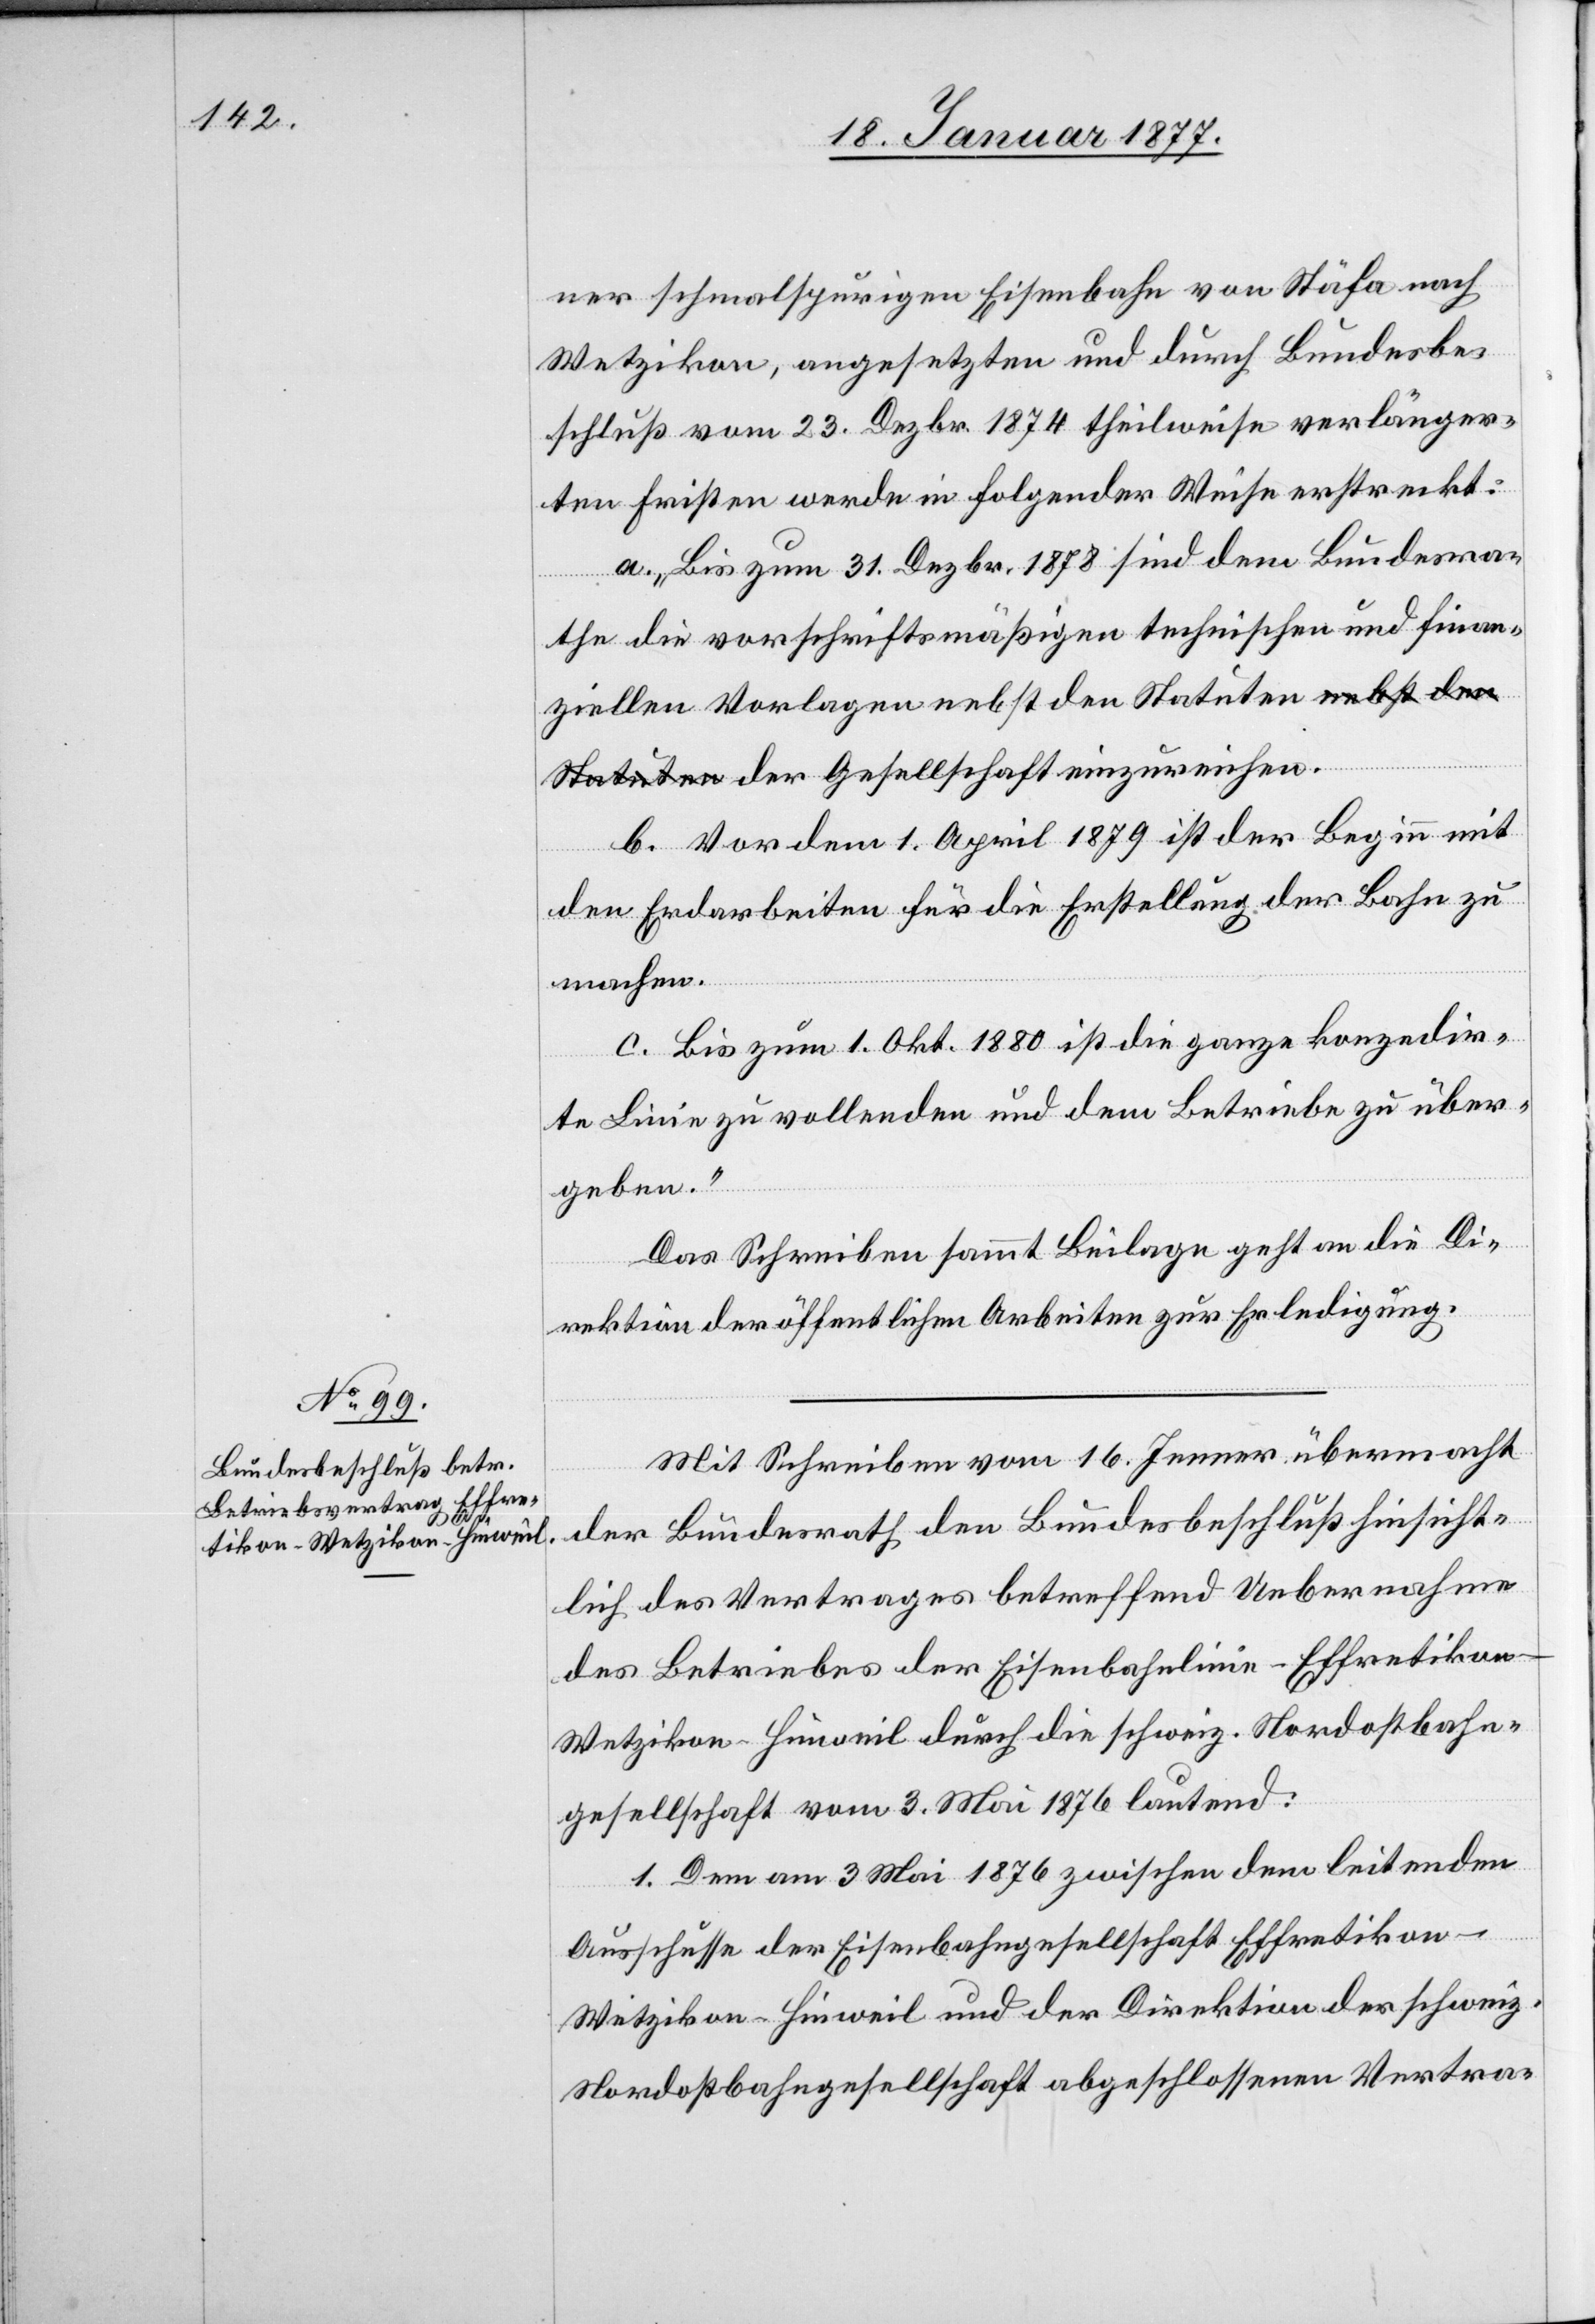
ner schmalspurigen Eisenbahn von Stäfa nach
Wetzikon, angesetzten und durch Bundesbe¬
schluß vom 23. Dezbr. 1874 theilweise verlänger¬
ten Fristen werden in folgender Weise erstreckt:
a. „Bis zum 31. Dezbr. 1878 sind dem Bundesra¬
the die vorschriftsmäßigen technischen und finan¬
ziellen Vorlagen nebst den Statuten der
b. Vor dem 1. April 1879 ist der Beginn mit
den Erdarbeiten für die Erstellung der Bahn zu
machen.
c. Bis zum 1. Okt. 1880 ist die ganze konzedir¬
te Linie zu vollenden und dem Betriebe zu über¬
geben.“
Das Schreiben sammt Beilagen geht an die Di¬
rektion der öffentlichen Arbeiten zur Erledigung.
Mit Schreiben vom 16. Jenner übermacht
der Bundesrath den Bundesbeschluß hinsicht¬
lich des Vertrages betreffend Uebernahme
des Betriebes der Eisenbahnlinie Effretiko¬
n–Wetzikon–Hinweil durch die schweiz. Nordostbahn¬
gesellschaft vom 3. Mai 1876 lautend:
1. Dem am 3 Mai 1876 zwischen dem leitenden
Ausschusse der Eisenbahngesellschaft Effretikon–W¬
etzikon–Hinweil und der Direktion der schweiz.
Nordostbahngesellschaft abgeschlossenen Vertra-